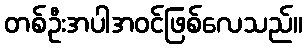
တစ်ဦးအပါအဝင်ဖြစ်လေသည်။